Report of an investigation into the causes of the diseases known in Assam as Kála-Azár and Beri-Beri
Disease focus: Beri-Beri
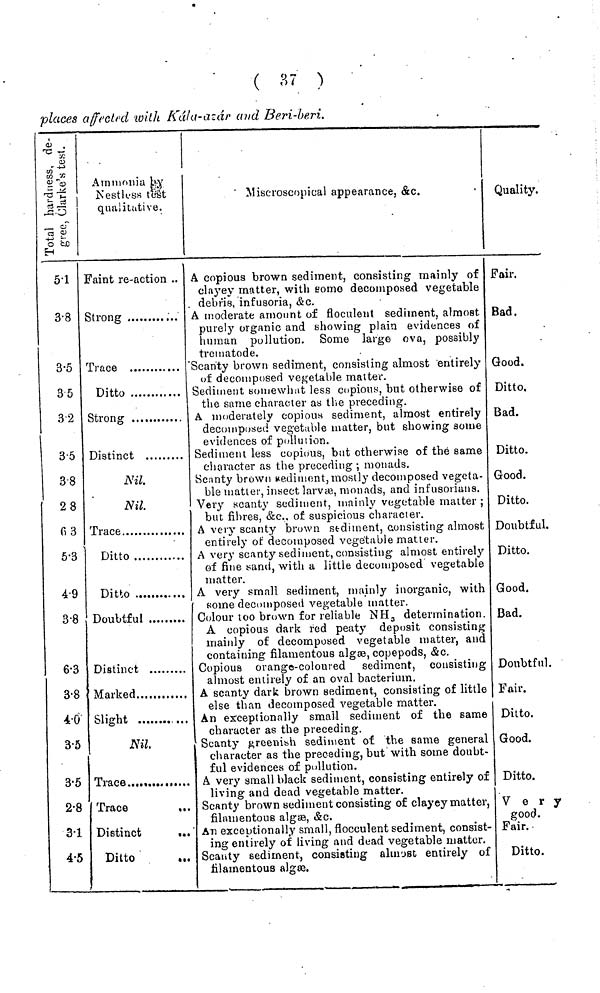
( 87 )
places affected with kála·azár and Beri·beri.
5·1
3·8
3·5
35
3·2
3·5
3·8
28
fi 3
5·3
4·9
3·8
6·3
3·8
4·0
3·5
3·5
2·8
3·1
4·5
Ammonia by
Kestlfss test,
qimiiuttive.
Faint re·action ..
Strong
Ditto
Distinct
Nil.
Nil.
Ditto
Ditto
Doubtful
Distinct .........
Marked
Slight
Nil
Trace....,
Trace
Distinct
...
Ditto
Miscroscopical appearance, &c.
A copious brown sediment, consisting mainly of
clayey matter, with eoino decomposed vegetable
debris, infusoria, &c.
A moderate amount of floculent sediment, almost
purely organic and showing plain evidences of
human pollution. Some large ova, possibly
trematode.
Scanty brown sediment, consisting almost entirely
of decomposed vegetable matter.
Sediment somewhat less copious, but otherwise of
the same character as the preceding.
A moderately copious sediment, almost entirely
decomposed vegetable matter, but showing some
evidences of pollution.
Sediment less copious, but otherwise of the same
character as the preceding ; monads.
Scanty brown edimont, mostly decomposed vegeta-
ble matter, insect larvai, monads, and inf'usoriuns.
Very scanty sediment, mainly vegetable matter ;
but fibres, &c.. of suspicious character.
A very scanty brown stdnuent, consisting almost
entirely of decomposed vegetable matter.
A very scanty sediment, consisting almost entirely
of fine sand, with a little decomposed vegetable
matter.
A very small sediment, mainly inorganic, with
some decomposed vegetable matter.
Colour too brown for reliable NH 3 determination.
A copious dark red peaty deposit consisting
mainly of decomposed vegetable matter, and
containing filamentous algse, copepods, &G.
Copious orange-coloured sediment, consisting
almost entirely of an oval bacterium.
A scanty dark brown sediment, consisting of little
else than decomposed vegetable matter.
An exceptionally small sediment of the same
character as the preceding.
Scanty greenish sediment of the same general
character as the preceding, but with some doubt-
ful evidences of pollution.
A very small black sediment, consisting entirely of
living and dead vegetable matter.
Scanty brown sediment consisting of clayey matter,
filamentous algae, &c.
An exceptionally small, flocculent sediment, consist-
ing entirely of living and dead vegetable matter.
Scanty sediment, consisting almost entirely of
filamentous algae.
Quality.
Fair.
Bad.
Good.
Ditto,
Bad.
Ditto.
Good.
Ditto.
Doubtful.
Ditto.
Good.
Bad.
Doubtful.
Fair.
Ditto.
Good.
Ditto.
V e r y
good.
Fair.
Ditto.